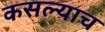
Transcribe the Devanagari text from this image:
कसल्याच